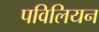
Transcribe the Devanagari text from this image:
पविलियन